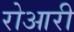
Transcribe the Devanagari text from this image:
रोआरी